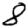
Digit: 8